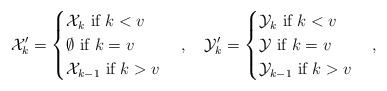
\begin{align*}\mathcal{X}_k'=\begin{cases}\mathcal{X}_k \mbox{ if } k<v \\\emptyset \mbox{ if } k=v \\\mathcal{X}_{k-1} \mbox{ if } k>v\end{cases}, ~~~\mathcal{Y}_k'=\begin{cases}\mathcal{Y}_k \mbox{ if } k<v \\\mathcal{Y} \mbox{ if } k=v \\\mathcal{Y}_{k-1} \mbox{ if } k>v\end{cases},\end{align*}